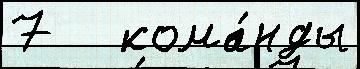
7   кома́нды